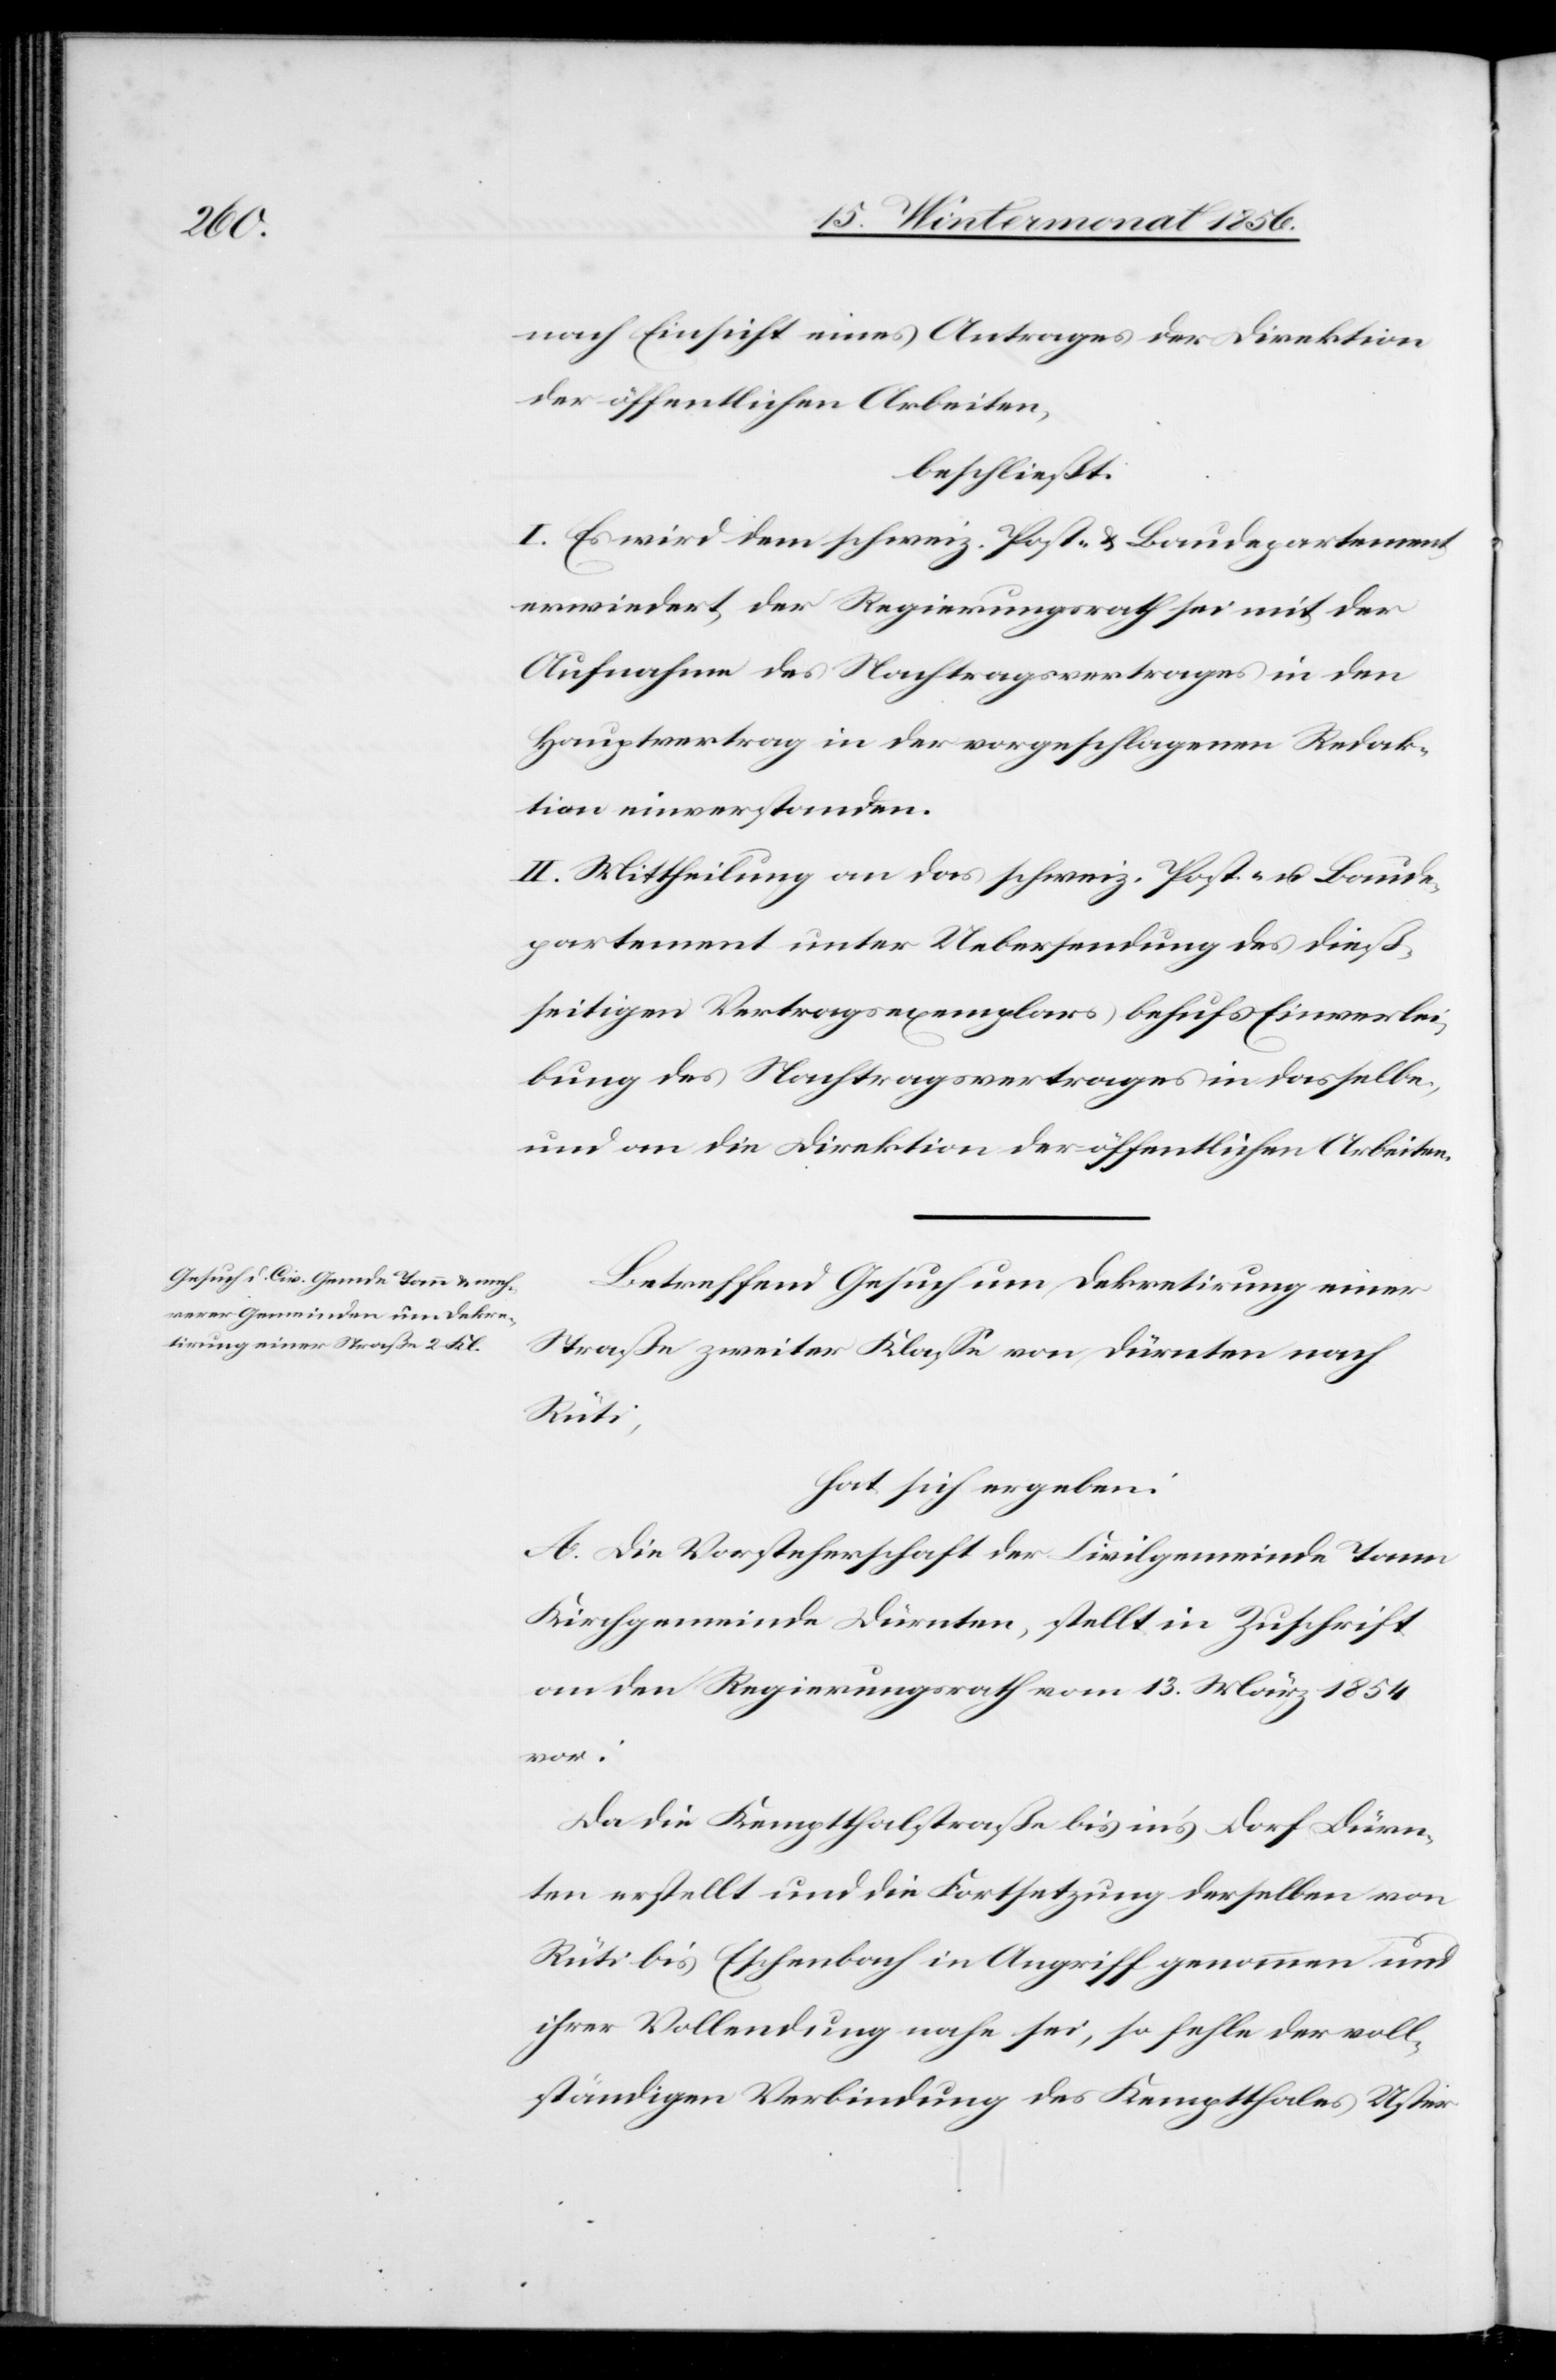
nach Einsicht eines Antrages der Direktion
der öffentlichen Arbeiten,
beschließt:
I. Es wird dem schweiz. Post- & Baudepartement
erwiedert, der Regierungsrath sei mit der
Aufnahme des Nachtragsvertrages in den
Hauptvertrag in der vorgeschlagenen Redak¬
tion einverstanden.
II. Mittheilung an das schweiz. Post- u. Baude¬
partement unter Uebersendung des dieß¬
seitigen Vertragsexemplars behufs Einverlei¬
bung des Nachtragsvertrages in dasselbe,
und an die Direktion der öffentlichen Arbeiten.
Betreffend Gesuch um Dekretirung einer
Straße zweiter Klasse von Dürnten nach
Rüti,
hat sich ergeben:
A. Die Vorsteherschaft der Civilgemeinde Tann
Kirchgemeinde Dürnten, stellt in Zuschrift
an den Regierungsrath vom 13. März 1854
vor:
Da die Kemptthalstraße bis in's Dorf Dürn¬
ten erstellt und die Fortsetzung derselben von
Rüti bis Eschenbach in Angriff genommen und
ihrer Vollendung nahe sei, so fehle der voll¬
ständigen Verbindung des Kemptthales Uster